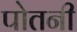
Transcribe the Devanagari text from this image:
पोतनी